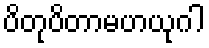
ပိတုပိတာမဟယုဂါ